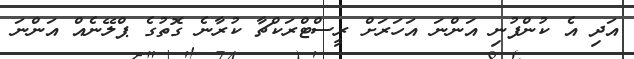
އަދި އެ ކުންފުނި އަންނަ އަހަރަށް ރީސްޓްރަކްޗާ ކުރާނެ ގޮތުގެ ޕްލޭނެއް އަންނަ